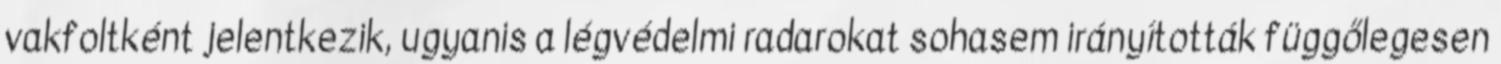
vakfoltként jelentkezik, ugyanis a légvédelmi radarokat sohasem irányították függőlegesen